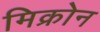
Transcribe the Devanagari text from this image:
मिक्रोन